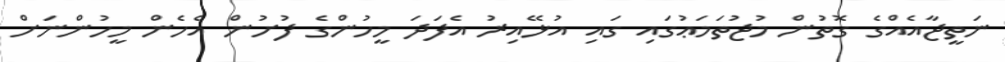
ނަތީޖާއެއްގެ ގޮތުން މުޖުތަމަޢުގައި ގައި އުޅޭއިރު އެފަދަ މީހުންގެ ފުށުން އެހެން މީހުންނަށް